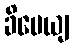
ခိပေယျ